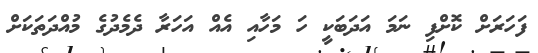
ފަހަރަށް ކޮށްފި ނަމަ އަދަބަކީ ހަ މަހާއި އެއް އަހަރާ ދެމެދުގެ މުއްދަތަކަށް